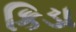
કિડા